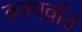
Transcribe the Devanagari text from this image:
वनपर्वात